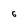
Character: 6